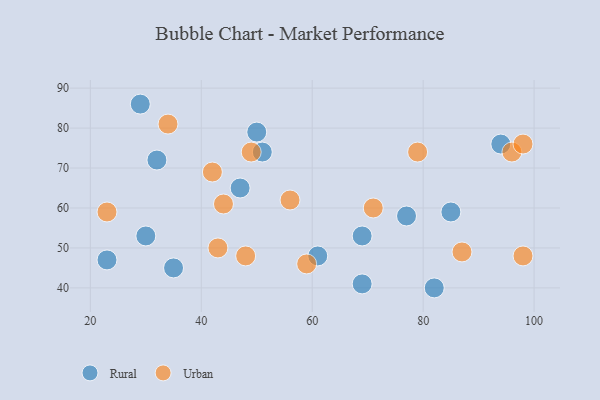
{"axis": {"x": "GDP", "y": "Life Expectancy"}, "legend": ["Rural", "Urban"], "data": [{"x": "32", "y": 72, "type": "Rural"}, {"x": "94", "y": 76, "type": "Rural"}, {"x": "47", "y": 65, "type": "Rural"}, {"x": "50", "y": 79, "type": "Rural"}, {"x": "61", "y": 48, "type": "Rural"}, {"x": "82", "y": 40, "type": "Rural"}, {"x": "23", "y": 47, "type": "Rural"}, {"x": "85", "y": 59, "type": "Rural"}, {"x": "35", "y": 45, "type": "Rural"}, {"x": "51", "y": 74, "type": "Rural"}, {"x": "30", "y": 53, "type": "Rural"}, {"x": "69", "y": 41, "type": "Rural"}, {"x": "77", "y": 58, "type": "Rural"}, {"x": "29", "y": 86, "type": "Rural"}, {"x": "69", "y": 53, "type": "Rural"}, {"x": "23", "y": 59, "type": "Urban"}, {"x": "44", "y": 61, "type": "Urban"}, {"x": "96", "y": 74, "type": "Urban"}, {"x": "43", "y": 50, "type": "Urban"}, {"x": "98", "y": 76, "type": "Urban"}, {"x": "56", "y": 62, "type": "Urban"}, {"x": "34", "y": 81, "type": "Urban"}, {"x": "49", "y": 74, "type": "Urban"}, {"x": "48", "y": 48, "type": "Urban"}, {"x": "71", "y": 60, "type": "Urban"}, {"x": "87", "y": 49, "type": "Urban"}, {"x": "42", "y": 69, "type": "Urban"}, {"x": "79", "y": 74, "type": "Urban"}, {"x": "98", "y": 48, "type": "Urban"}, {"x": "59", "y": 46, "type": "Urban"}]}